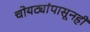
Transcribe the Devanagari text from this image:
चोयट्यांपासूनही